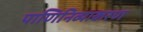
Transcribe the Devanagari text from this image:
पाणिनिव्याकरण